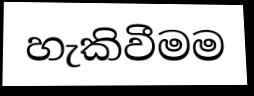
හැකිවීමම